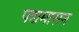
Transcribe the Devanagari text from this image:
पद्यमासन